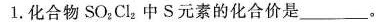
1.化合物SO_{2}Cl_{2}中S元素的化合价是___。